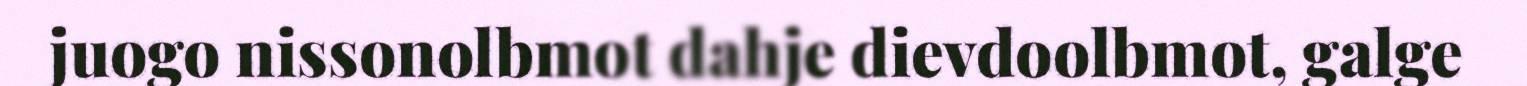
juogo nissonolbmot dahje dievdoolbmot, galge